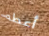
أعطه